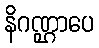
နိဂဏ္ဌာပေ